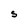
Character: S